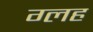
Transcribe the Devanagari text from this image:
ग्लह